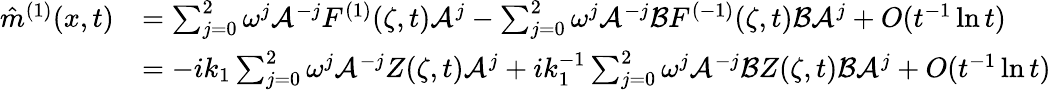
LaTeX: \begin{array}{rl}{\hat{m}^{(1)}(x,t)}&{=\sum_{j=0}^{2}\omega^{j}\mathcal{A}^{-j}F^{(1)}(\zeta,t)\mathcal{A}^{j}-\sum_{j=0}^{2}\omega^{j}\mathcal{A}^{-j}\mathcal{B}F^{(-1)}(\zeta,t)\mathcal{B}\mathcal{A}^{j}+O(t^{-1}\ln t)}\\ &{=-ik_{1}\sum_{j=0}^{2}\omega^{j}\mathcal{A}^{-j}Z(\zeta,t)\mathcal{A}^{j}+ik_{1}^{-1}\sum_{j=0}^{2}\omega^{j}\mathcal{A}^{-j}\mathcal{B}Z(\zeta,t)\mathcal{B}\mathcal{A}^{j}+O(t^{-1}\ln t)}\end{array}